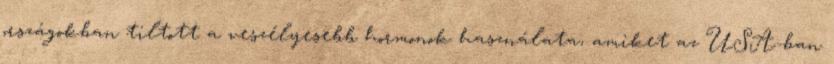
országokban tiltott a veszélyesebb hormonok használata, amiket az USA-ban